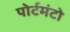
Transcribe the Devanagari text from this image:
पोर्टमंटो